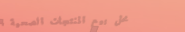
محل بيع المنتجات الصحية ا